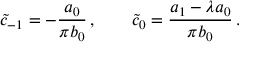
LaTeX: \tilde { c } _ { - 1 } = - { \frac { a _ { 0 } } { \pi b _ { 0 } } } \, , \qquad \tilde { c } _ { 0 } = { \frac { a _ { 1 } - \lambda a _ { 0 } } { \pi b _ { 0 } } } \, .